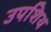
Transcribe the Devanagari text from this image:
उपशिथ